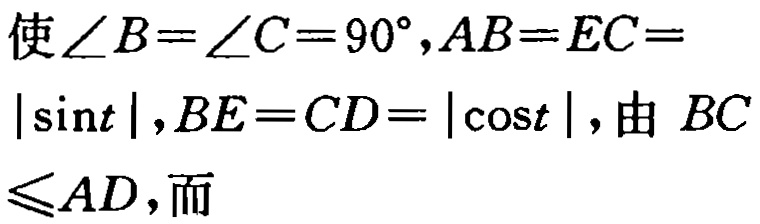
使\(\angle B = \angle C = 90^{\circ},AB = EC = |\sin t|,BE = CD = |\cos t|\)，由 \(BC\leqslant AD\)，而